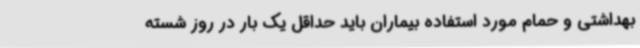
بهداشتی و حمام مورد استفاده بیماران باید حداقل یک بار در روز شسته